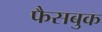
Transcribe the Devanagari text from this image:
फैसबुक